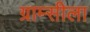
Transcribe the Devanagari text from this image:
ग्राम्सीला